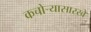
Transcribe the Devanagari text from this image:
कचोऱ्यासारखे